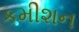
કમીશન